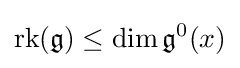
\operatorname {rk} ({\mathfrak {g}})\leq \dim {\mathfrak {g}}^{0}(x)